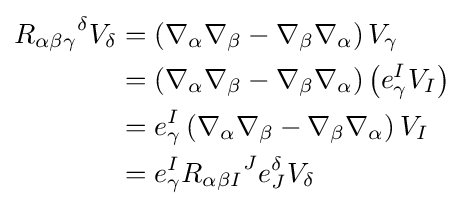
{\begin{aligned}{R_{\alpha \beta \gamma }}^{\delta }V_{\delta }&=\left(\nabla _{\alpha }\nabla _{\beta }-\nabla _{\beta }\nabla _{\alpha }\right)V_{\gamma }\\&=\left(\nabla _{\alpha }\nabla _{\beta }-\nabla _{\beta }\nabla _{\alpha }\right)\left(e_{\gamma }^{I}V_{I}\right)\\&=e_{\gamma }^{I}\left(\nabla _{\alpha }\nabla _{\beta }-\nabla _{\beta }\nabla _{\alpha }\right)V_{I}\\&=e_{\gamma }^{I}{R_{\alpha \beta I}}^{J}e_{J}^{\delta }V_{\delta }\end{aligned}}